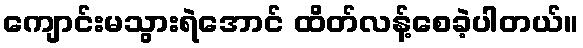
ကျောင်းမသွားရဲအောင် ထိတ်လန့်စေခဲ့ပါတယ်။